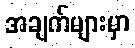
အချက်များမှာ